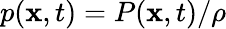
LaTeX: p(\mathbf{x},t)=P(\mathbf{x},t)/\rho